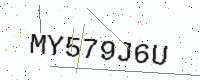
Text: MY579J6U